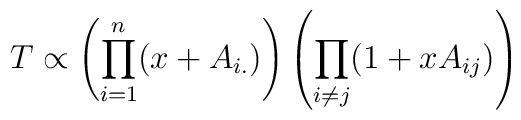
T \propto \left( \prod_{i=1}^n (x+A_{i.}) \right)      \left( \prod_{i\ne j} (1+xA_{ij}) \right)